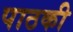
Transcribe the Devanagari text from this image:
पाठकी